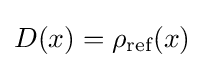
D(x)=\rho _{\text{ref}}(x)